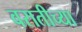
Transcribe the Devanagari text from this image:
वरातीच्या